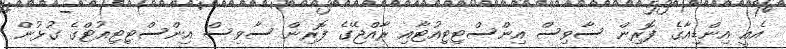
އެއީ އިންޑިއާގެ ފޮރިން ސާވިސް އިންސްޓިޓިއުޓާއި ރާއްޖޭގެ ފޮރިން ސާވިސް އިންސްޓިޓިއުޓްގެ ގުޅުން